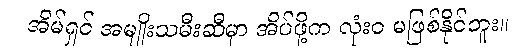
အိမ်ရှင် အမျိုးသမီးဆီမှာ အိပ်ဖို့က လုံးဝ မဖြစ်နိုင်ဘူး။